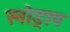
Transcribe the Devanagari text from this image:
स्नोड्राप